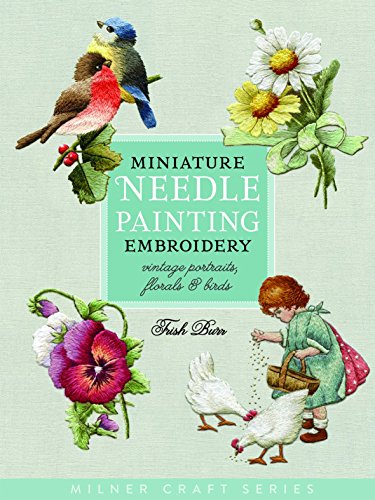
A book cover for Miniature Needle Painting Embroidery: Vintage Portraits, Florals & Birds (Milner Craft Series); Trish Burr; Crafts, Hobbies & Home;